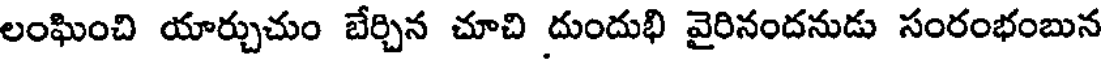
లంఘించి యార్చుచుం బేర్చిన చూచి దుందుభి వైరినందనుడు సంరంభంబున